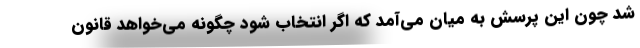
شد چون این پرسش به میان می‌آمد که اگر انتخاب شود چگونه می‌‌خواهد قانون